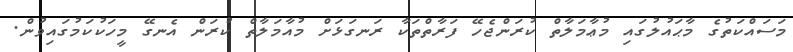
މަސައްކަތުގެ މާޙައުލުގައި މުޢާމަލާތް ކުރަންޖެހޭ ފަރާތްތަކާ ރަނގަޅަށް މުއާމަލާތް ކުރަން އެނގޭ މީހަކުކަމުގައިވުން.